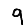
Digit: 9